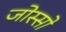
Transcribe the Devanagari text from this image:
जोस्सो